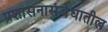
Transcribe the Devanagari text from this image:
प्रशासनासंबंधातील